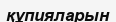
құпияларын